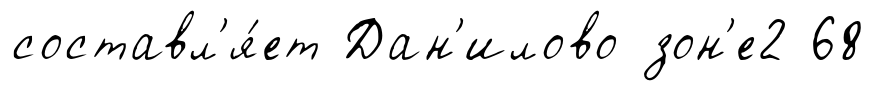
составл'я́ет Дан'илово зон'е2 68